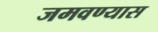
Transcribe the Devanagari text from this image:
जमवण्यास